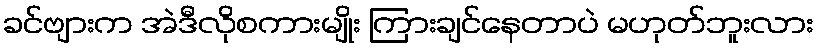
ခင်ဗျားက အဲဒီလိုစကားမျိုး ကြားချင်နေတာပဲ မဟုတ်ဘူးလား